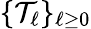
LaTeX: \{ \mathcal{T}_{\ell}\} _{\ell\ge 0}